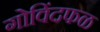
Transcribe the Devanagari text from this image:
गोविंदफळ